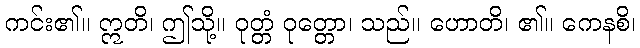
ကင်း၏။ ဣတိ၊ ဤသို့။ ဝုတ္တံ ဝုတ္တော၊ သည်။ ဟောတိ၊ ၏။ ကေနစိ၊